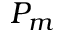
P _ { m }